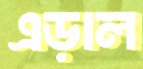
এড়াল